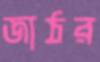
জাঠর